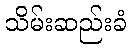
သိမ်းဆည်းခံ